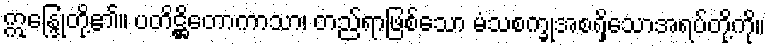
ဣန္ဒြေုတို့၏။ ပတိဋ္ဌိတောကာသာ၊ တည်ရာဖြစ်သော မံသစက္ခုအစရှိသောအရပ်တို့ကို။